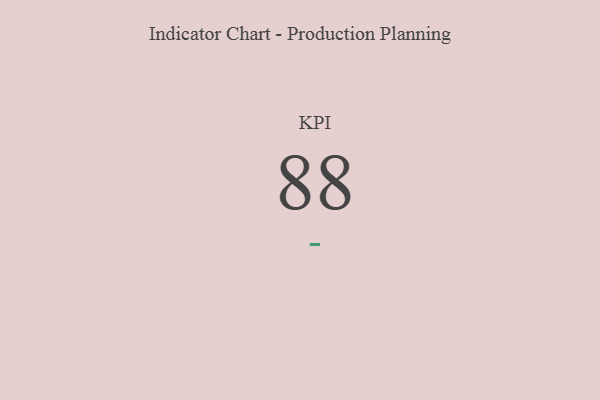
{"axis": {"x": "KPI", "y": "Value"}, "legend": [""], "data": [{"x": "KPI", "y": 88, "type": ""}]}